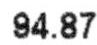
94.87